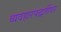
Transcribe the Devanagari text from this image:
व्यवहारपद्धतींवर